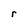
Character: r